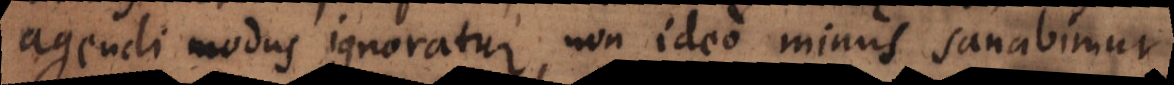
agendi modus ignoratur, non ideo minus sanabimur.